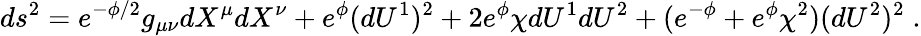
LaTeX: ds^{2}=e^{-\phi/2}g_{\mu\nu}dX^{\mu}dX^{\nu}+e^{\phi}(dU^{1})^{2}+2e^{\phi}\chi dU^{1}dU^{2}+(e^{-\phi}+e^{\phi}\chi^{2})(dU^{2})^{2}\; .